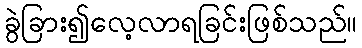
ခွဲခြား၍လေ့လာရခြင်းဖြစ်သည်။